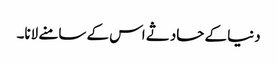
دنیا کے حادثے اس کے سامنے لانا۔